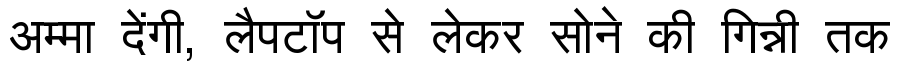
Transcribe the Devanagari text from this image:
अम्मा देंगी, लैपटॉप से लेकर सोने की गिन्नी तक